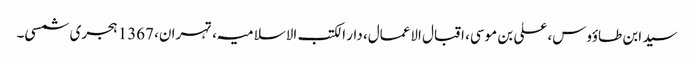
سید ابن طاؤوس، علی بن موسی، اقبال الاعمال، دار الکتب الاسلامیہ، تہران، 1367 ہجری شمسی۔